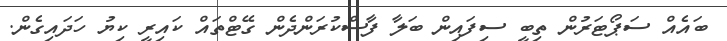
ބައެއް ސަޕޯޓަރުން ތިބީ ސިފައިން ބަލާ ފާސްކުރަންދެން ގޭޓްތައް ކައިރީ ކިޔު ހަދައިގެން.